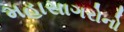
મહાસાગરોનો